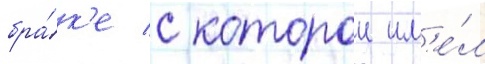
бра́к'е с которои им'е́л